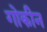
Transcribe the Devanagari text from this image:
गोकीन